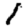
Digit: 1